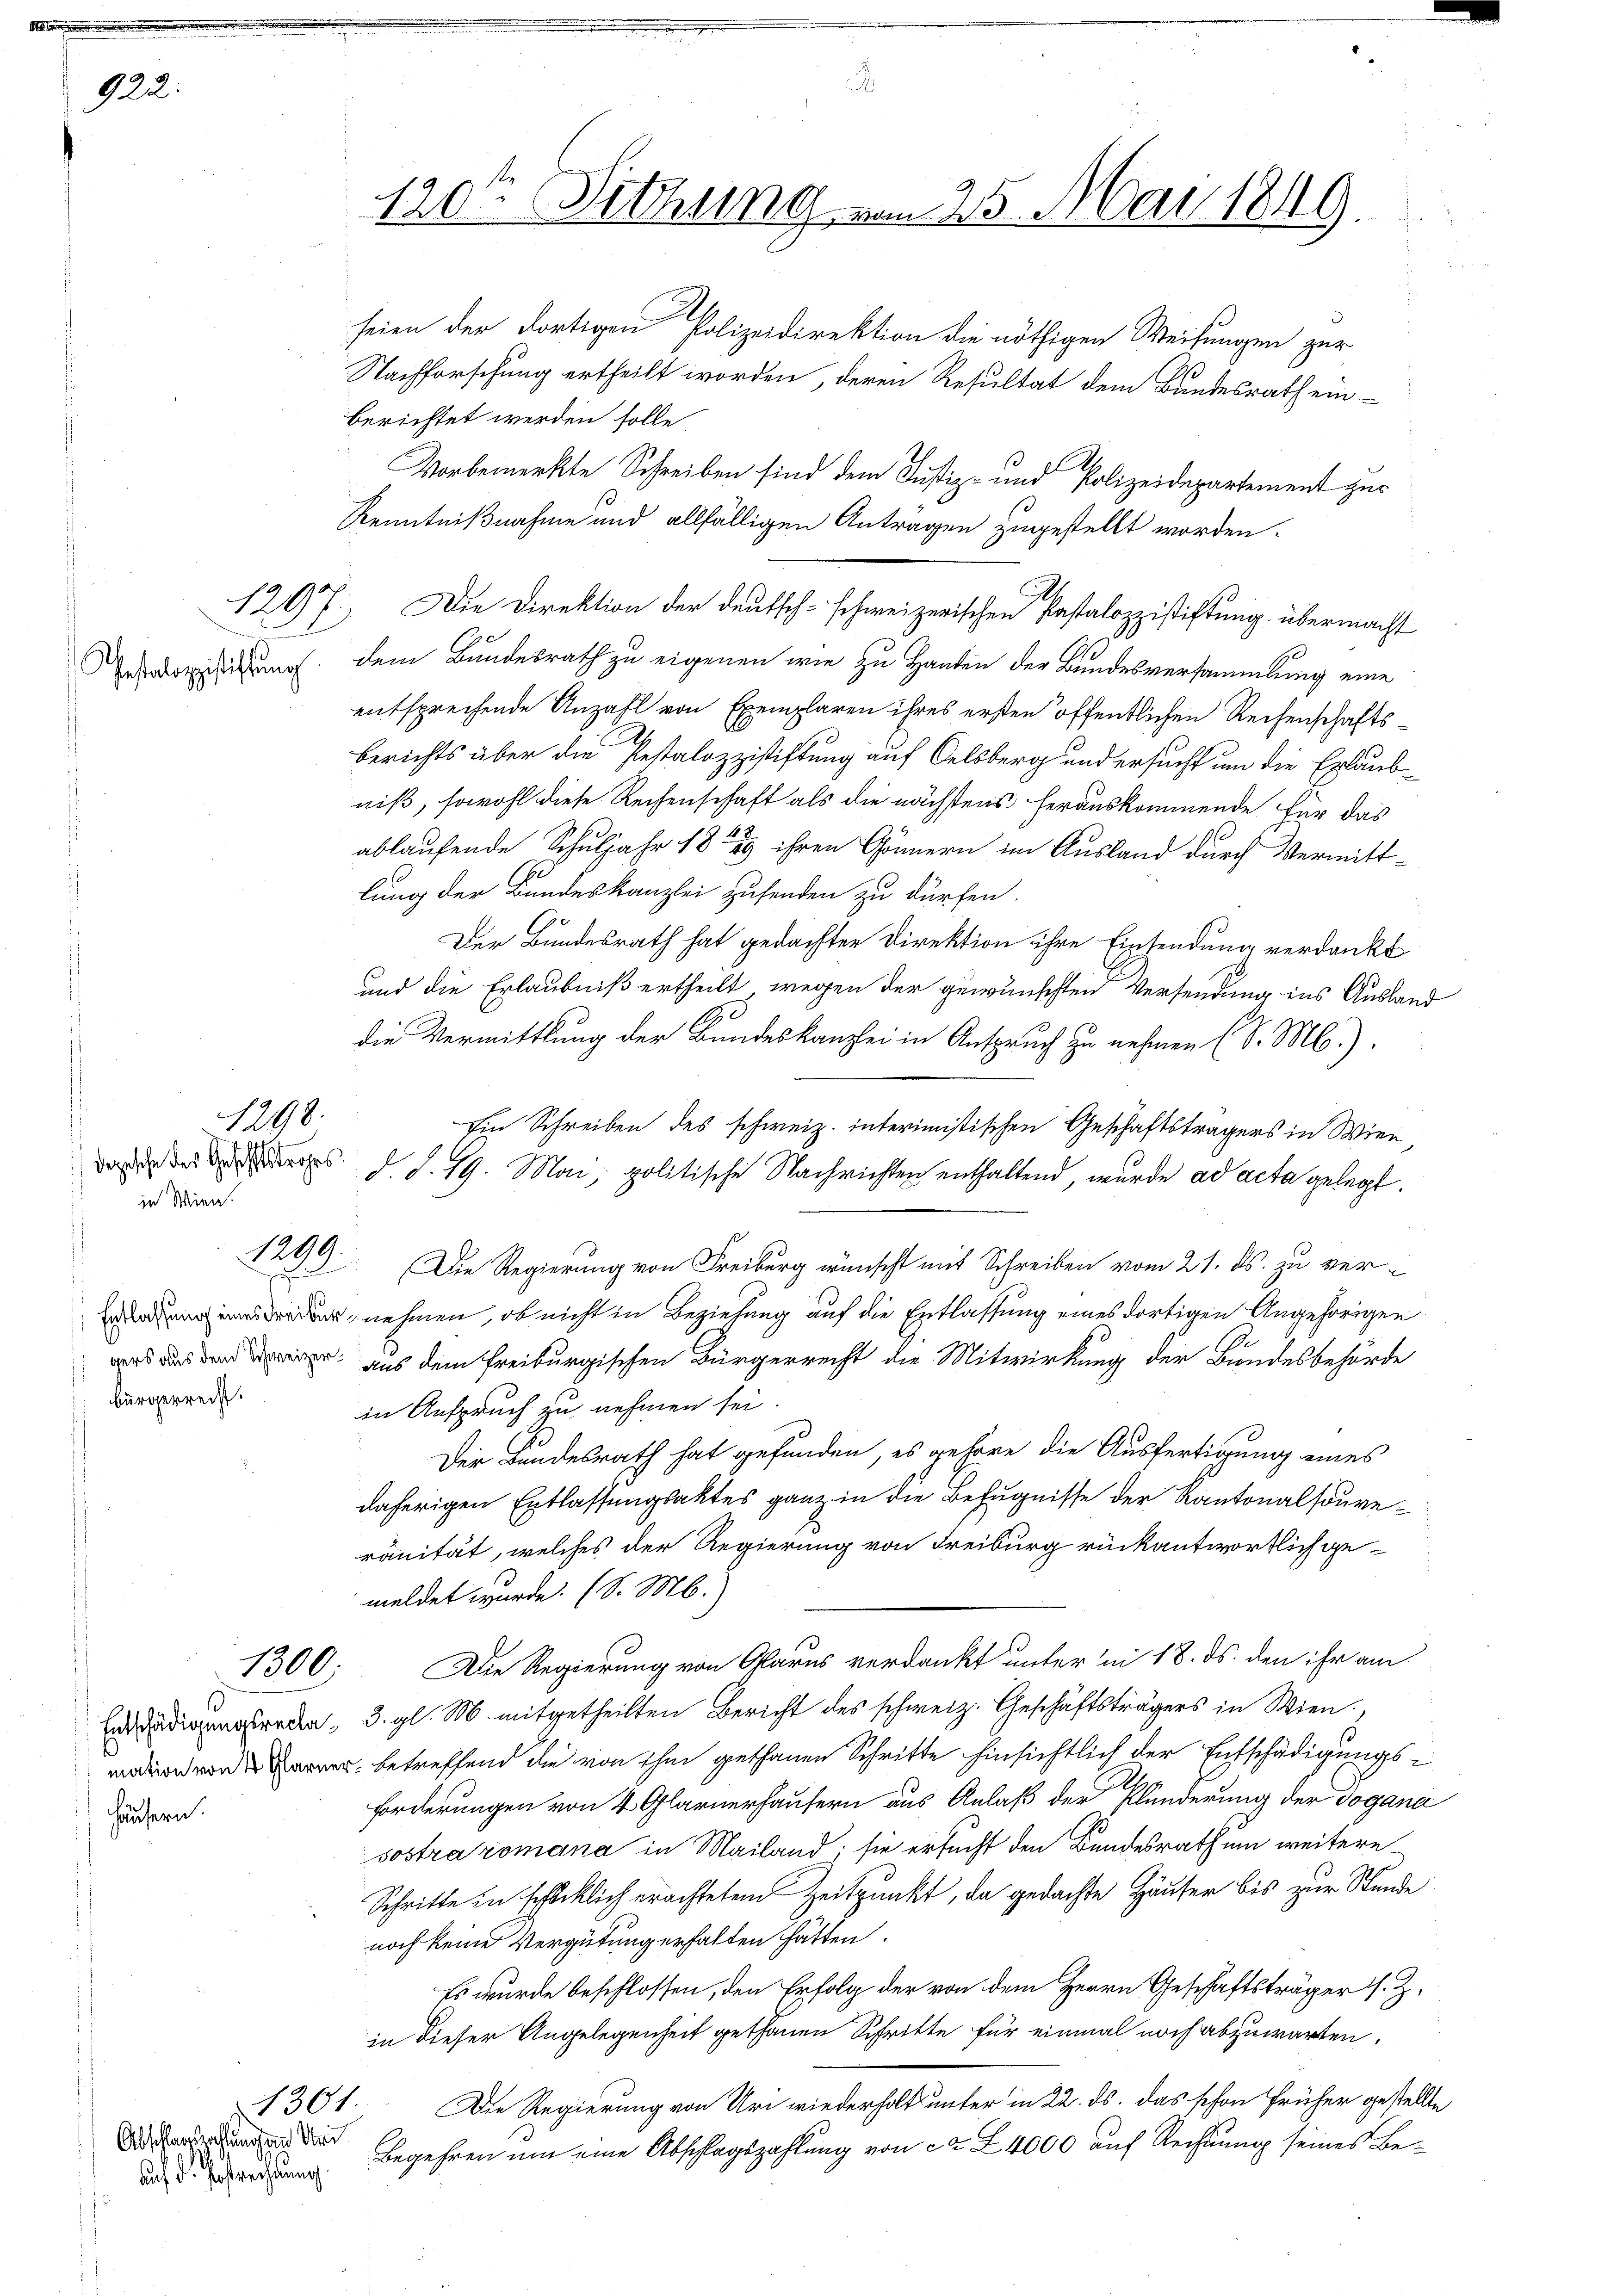
922.

Pestalozzistiftung

in Wien.

1298.

1299

bürgerreist.

1300

häusern.

Abschlagszahlung und Uri
Auf d. Gestrechnung

1301.

120te Sitzung von 25. Mai 1849.

seien der dortigen Polizeidirektion die nöthigen Weisungen zur
1
Nachforschung ertheilt worden, deren Resultat dem Bundesrath einberichtet werden solle
Vorbemerkte Schreiben sind dem Justiz- und Polizeidepartement zur
Kenntnißnahme und allfälligen Anträgen zugestellt worden.
t
dem Bundesrath zu eigenen wie zu Handen der Bundesversammlung eine
entsprechende Anzahl von Exemplaren ihres ersten öffentlichen Reisenschafts¬
Berichts über die Pestalozzistiftung auf Celsberg und ersucht um die Erlaubniß, sowohl diese Reihenschaft als die nächstens herauskommende für das
ablaufende Schuljahr 1889 ihren Gönnern im Ausland durch Vermittlung der Bundeskanzlei zusenden zu dürfen.
Der Bundesrath hat gedachter Direktion ihre Einsendung verdankt
und die Erlaubniß ertheilt, wegen der gewünschten Versendung ins Ausland
die Vermittlung der Bundeskanzlei in Anspruch zu nehmen (S. M.).
Ein Schreiben des schweiz. interimistischen Geschäftsträgers in Wien,
ade der es d. S. 19. Mai, politische Nachrichten enthaltend, wurde ad acta gelegt.
Die Regierung von Freiburg wünscht mit Schreiben vom 21. ds. zu verr nehmen, ob nicht in Beziehung auf die Entlassung eines dortigen Angehörigen
 aus dem Freiburgischen Bürgerrecht die Mitwirkung der Bundesbehörde
in Anspruch zu nehmen sei.
Der Bundesrath hat gefunden, es gehöre die Ausfertigung eines
daherigen Entlassungsaktes ganz in die Befugnisse der Kantonalspureranität, welches der Regierung von Freiburg rückantwortlich gemeldet wurde. (S. M.)
Die Regierung von Glarus verdankt unter in 18. ds. den ihr am
Enädigungsreda, 3. gl. M. mitgetheilten Bericht des schweiz. Geschäftsträgers in Wien,
 betreffend die von ihm gethanen Schritte hinsichtlich der Entschädigungs¬
Forderungen von 4 Glarnerhausern aus Anlaß der Plünderung der Dogana
sostraromana in Mailand; sie ersucht den Bundesrath um weitere
Schritte in schicklich erachtetem Zeitpunkt, da gedachte Häuser bis zur Stunde
noch keine Vergütung erhalten hätten.
Es wurde beschlossen, den Erfolg der von dem Herrn Geschäftsträger s. Z.
in dieser Angelegenheit gethanen Schritte für einmal noch abzuwarten.
Die Regierung von Uri wiederholt unter in 22. ds. das schon früher gestellte
Begehren um eine Abschlagszahlung von ca 4000 auf Rechtung seines Be¬

1207. Die Direktion der deutsch-schweizerischen Pastalozzistiftung übermacht